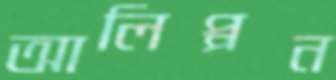
আলিপ্পন